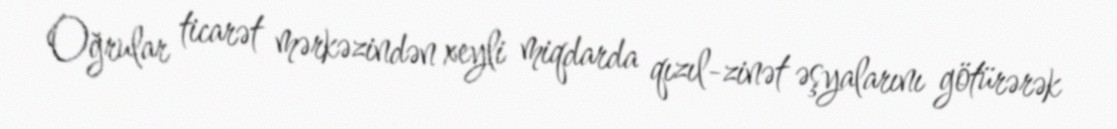
Oğrular ticarət mərkəzindən xeyli miqdarda qızıl-zinət əşyalarını götürərək